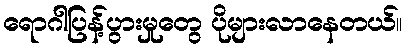
ရောဂါပြန့်ပွားမှုတွေ ပိုများလာနေတယ်။